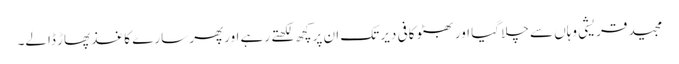
مجید قریشی وہاں سے چلا گیا اور بھٹو کافی دیر تک ان پرکچھ لکھتے رہے اورپھر سارے کاغذ پھاڑ ڈالے۔